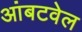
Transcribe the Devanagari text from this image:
आंबटवेल